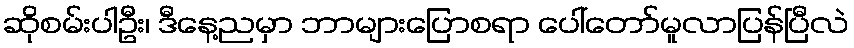
ဆိုစမ်းပါဦး၊ ဒီနေ့ညမှာ ဘာများပြောစရာ ပေါ်တော်မူလာပြန်ပြီလဲ